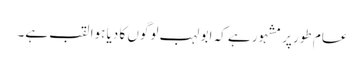
عام طور پر مشہور ہے کہ ابو لہب لوگوں کا دیا ہوا لقب ہے۔